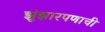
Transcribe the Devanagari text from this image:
झुंझारपणाची